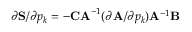
\partial \mathbf { S } / \partial p _ { k } = - \mathbf { C A } ^ { - 1 } ( \partial \mathbf { A } / \partial p _ { k } ) \mathbf { A } ^ { - 1 } \mathbf { B }